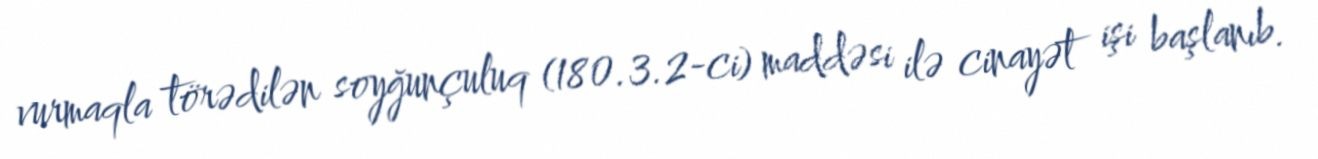
vurmaqla törədilən soyğunçuluq (180.3.2-ci) maddəsi ilə cinayət işi başlanıb.